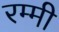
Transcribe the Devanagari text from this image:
रम्मी